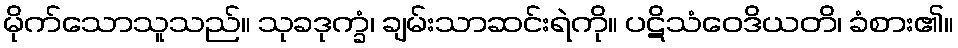
မိုက်သောသူသည်။ သုခဒုက္ခံ၊ ချမ်းသာဆင်းရဲကို။ ပဋိသံဝေဒိယတိ၊ ခံစား၏။